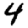
Digit: 4